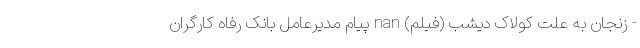
- زنجان به علت کولاک دیشب (فیلم) nan پیام مدیرعامل بانک رفاه کارگران